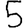
Digit: 5